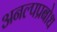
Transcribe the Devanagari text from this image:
अनल्पप्रबोध